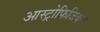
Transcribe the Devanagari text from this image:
आस्ट्रोफिजिकल